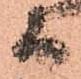
而